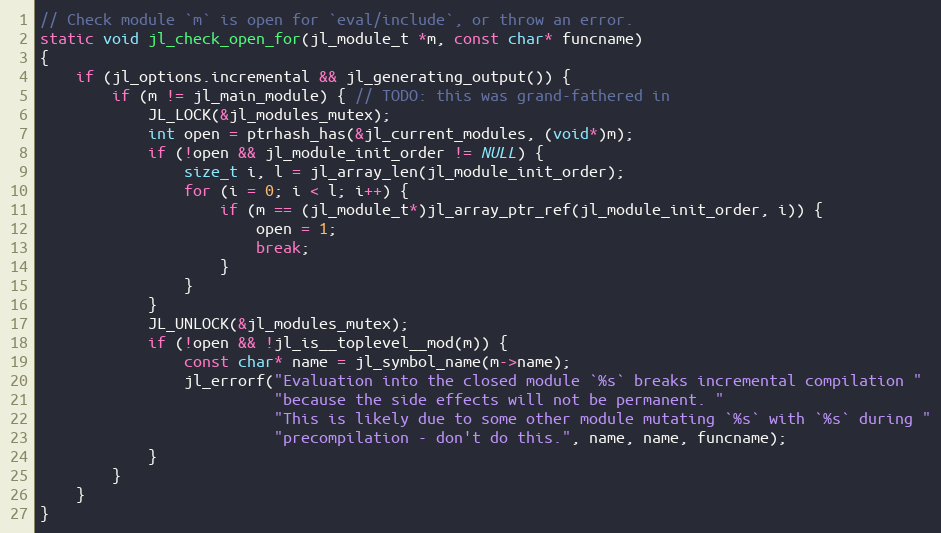
Language: C
// Check module `m` is open for `eval/include`, or throw an error.
static void jl_check_open_for(jl_module_t *m, const char* funcname)
{
    if (jl_options.incremental && jl_generating_output()) {
        if (m != jl_main_module) { // TODO: this was grand-fathered in
            JL_LOCK(&jl_modules_mutex);
            int open = ptrhash_has(&jl_current_modules, (void*)m);
            if (!open && jl_module_init_order != NULL) {
                size_t i, l = jl_array_len(jl_module_init_order);
                for (i = 0; i < l; i++) {
                    if (m == (jl_module_t*)jl_array_ptr_ref(jl_module_init_order, i)) {
                        open = 1;
                        break;
                    }
                }
            }
            JL_UNLOCK(&jl_modules_mutex);
            if (!open && !jl_is__toplevel__mod(m)) {
                const char* name = jl_symbol_name(m->name);
                jl_errorf("Evaluation into the closed module `%s` breaks incremental compilation "
                          "because the side effects will not be permanent. "
                          "This is likely due to some other module mutating `%s` with `%s` during "
                          "precompilation - don't do this.", name, name, funcname);
            }
        }
    }
}